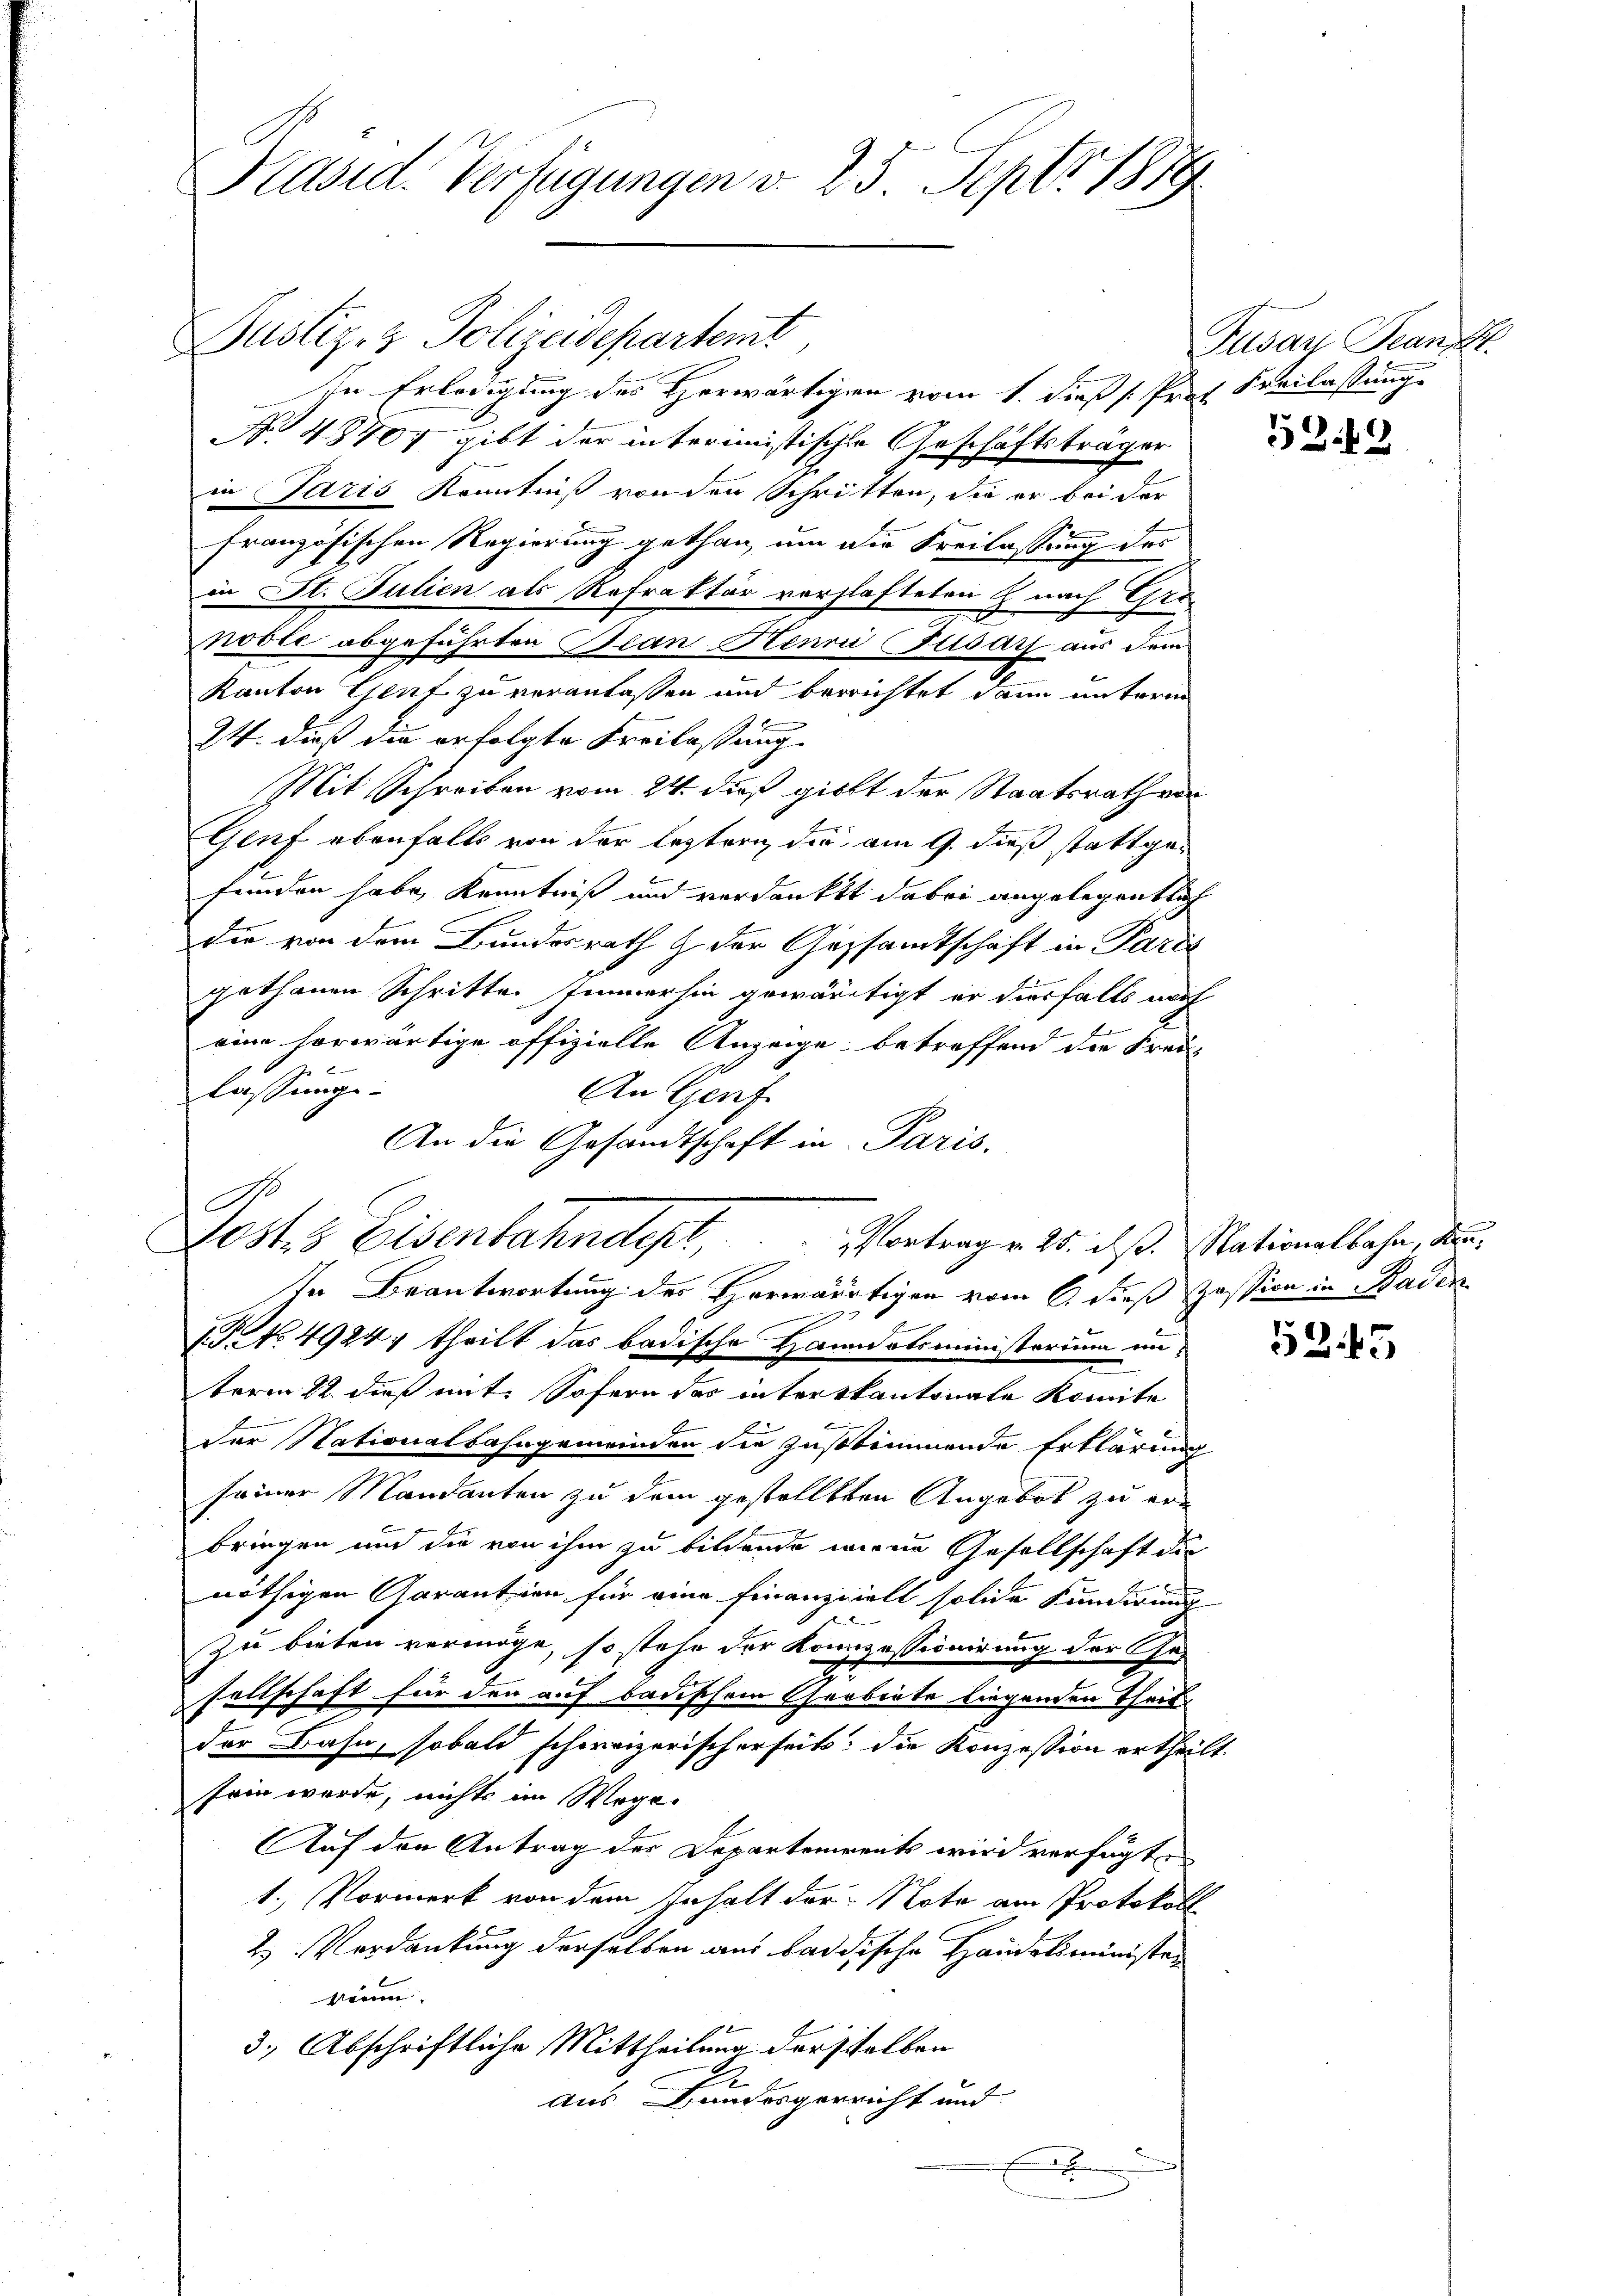
A

Präsid. Verfügungen d. 25. Sept. 1879

Justiz- & Polizeidepartemt
In Erledigung des Herwärtigen vom 1. dieß (Prof. Freilassung
No 48407 gibt der interimistische Geschäftsträger
in Paris Kenntniß von den Schritten, die er bei der
französischen Regierung gethan, um die Freilassung des
in St. Julien als Refraktär vorzlafteten nach Granoble abgeführten Fian Hennii Fusars aus dem
Kanton Genf zu veranlassen und berichtet dann unterm
24. dieß die erfolgte Freilassung.
Mit Schreiben vom 24. dieß giebt der Staatsrath von
Genf ebenfalls von der leztern die am 9. dieß stattgefunden habe, Kenntniß und verdankt dabei angelegentlich
die von dem Bundesrath & der Gesandtschaft in Paris
gethanen Schritte immerhin gewärtigt er diesfalls nach
eine horwärtige offizielle Anzeige, betreffend die Frei-
lassungs¬
An Genf
An die Gesandtschaft in Paris.
0stes Eisenbahndept,  ..  ..  Vortrag v. 25. dß. Nationalbahn, der
In Beantwortung des Horwärtigen vom 6. dieß Zession in Baden
e
1. P. No 4924) theilt das badische Handatsministerium unterm 22. dieß mit. Sofern das interskantonale Komite
Der Nationalbahngemeinden die zustimmende Erklärung
seiner Mandanten zu dem gestellten Angebot zu erbringen und die von ihm zu bildende miene Gesellschaft die
nöthigen Garantien für eine Finanzielt solide Kundirung
zu bieten vermöge, so stehe der Kompessionirung der Gesellschaft für den auf badischem Grobirte liegenden Theil
der Bahn, sobald schorrizerischerheit: die Konzession ertheilt
sein werde, nichts im Wege.
Auf der Antrag der Departements wird verfügte
1. Vormerk von dem Inhalt der Note am Protokoll
2.) Verdankung derselben aus badische Handelsminister
kein
3.) Abschriftliche Mittheilung derselben
E
Aus Bandergerricht und
x

Tusay Beant

52.42

45